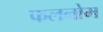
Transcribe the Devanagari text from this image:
फलनोम